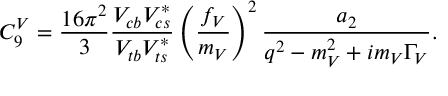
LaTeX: C _ { 9 } ^ { V } = \frac { 1 6 \pi ^ { 2 } } { 3 } \frac { V _ { c b } V _ { c s } ^ { * } } { V _ { t b } V _ { t s } ^ { * } } \left( \frac { f _ { V } } { m _ { V } } \right) ^ { 2 } \frac { a _ { 2 } } { q ^ { 2 } - m _ { V } ^ { 2 } + i m _ { V } \Gamma _ { V } } .